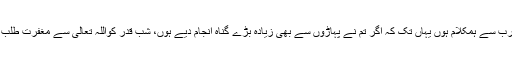
آج کی رات اللہ تعالیٰ معاف کردے گا اوراپنے رب سے ہمکلام ہوں یہاں تک کہ اگر تم نے پہاڑوں سے بھی زیادہ بڑے گناہ انجام دیے ہوں، شب قدر کواللہ تعالیٰ سے مغفرت طلب کرو کیونکہ اس نے بخشش کا وعدہ دیا ہوا ہے۔